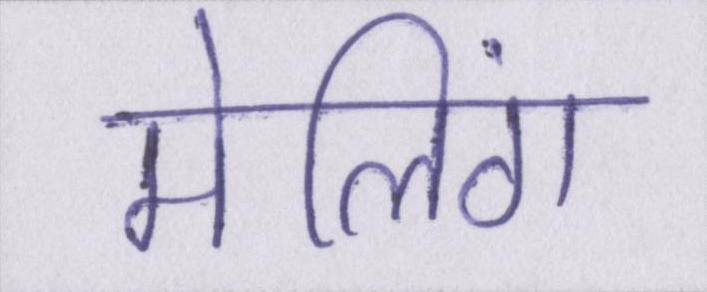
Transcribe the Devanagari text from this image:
मेलिंग